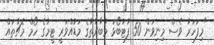
"މިފަހަރު ވެސް މިނިވަން 50 ފުޓުބޯޅަ މުބާރާތުގެ މަޑުއްވަރީ ޓީމުގެ ހޯމް މެޗުތައް